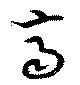
斉